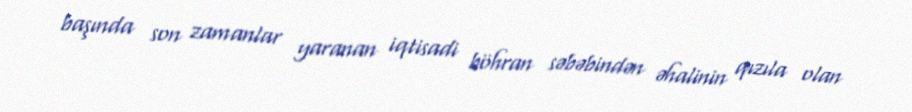
başında son zamanlar yaranan iqtisadi böhran səbəbindən əhalinin qızıla olan